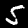
Digit: 5